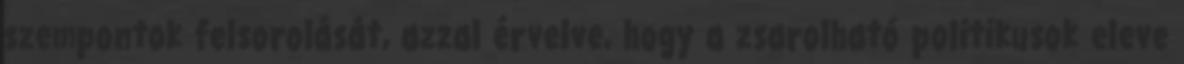
szempontok felsorolását, azzal érvelve, hogy a zsarolható politikusok eleve